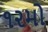
૧૨મો